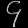
Digit: ၄